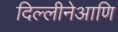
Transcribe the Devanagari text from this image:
दिल्लीनेआणि